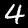
Digit: 4